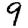
Digit: 9